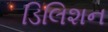
ડિલિશન